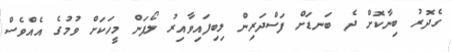
ގެދޮރު ބިނާކޮށް ދެ ބަނޑަށް ފަސްދަރިން ލިބިފައިވާއިރު ލޯފަން މީހަކަށް ވުމުގެ އެއްވެސް